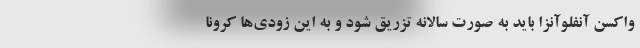
واکسن آنفلوآنزا باید به صورت سالانه تزریق شود و به این زودی‌ها کرونا